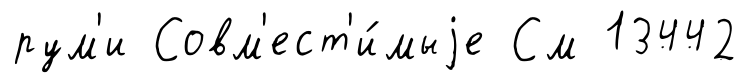
рум'и Совм'ест'и́мыjе См 13442